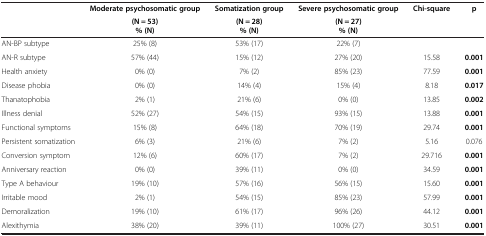
<table><thead><tr><td rowspan="2"><b> </b></td><td><b>Moderate psychosomatic group</b></td><td><b>Somatization group</b></td><td><b>Severe psychosomatic group</b></td><td><b>Chi-square</b></td><td><b>p</b></td></tr><tr><td><b>(N = 53) % (N)</b></td><td><b>(N = 28) % (N)</b></td><td><b>(N = 27) % (N)</b></td><td><b> </b></td><td><b> </b></td></tr></thead><tbody><tr><td>AN-BP subtype</td><td>25% (8)</td><td>53% (17)</td><td>22% (7)</td><td> </td><td> </td></tr><tr><td>AN-R subtype</td><td>57% (44)</td><td>15% (12)</td><td>27% (20)</td><td>15.58</td><td><b>0.001</b></td></tr><tr><td>Health anxiety</td><td>0% (0)</td><td>7% (2)</td><td>85% (23)</td><td>77.59</td><td><b>0.001</b></td></tr><tr><td>Disease phobia</td><td>0% (0)</td><td>14% (4)</td><td>15% (4)</td><td>8.18</td><td><b>0.017</b></td></tr><tr><td>Thanatophobia</td><td>2% (1)</td><td>21% (6)</td><td>0% (0)</td><td>13.85</td><td><b>0.002</b></td></tr><tr><td>Illness denial</td><td>52% (27)</td><td>54% (15)</td><td>93% (15)</td><td>13.88</td><td><b>0.001</b></td></tr><tr><td>Functional symptoms</td><td>15% (8)</td><td>64% (18)</td><td>70% (19)</td><td>29.74</td><td><b>0.001</b></td></tr><tr><td>Persistent somatization</td><td>6% (3)</td><td>21% (6)</td><td>7% (2)</td><td>5.16</td><td>0.076</td></tr><tr><td>Conversion symptom</td><td>12% (6)</td><td>60% (17)</td><td>7% (2)</td><td>29.716</td><td><b>0.001</b></td></tr><tr><td>Anniversary reaction</td><td>0% (0)</td><td>39% (11)</td><td>0% (0)</td><td>34.59</td><td><b>0.001</b></td></tr><tr><td>Type A behaviour</td><td>19% (10)</td><td>57% (16)</td><td>56% (15)</td><td>15.60</td><td><b>0.001</b></td></tr><tr><td>Irritable mood</td><td>2% (1)</td><td>54% (15)</td><td>85% (23)</td><td>57.99</td><td><b>0.001</b></td></tr><tr><td>Demoralization</td><td>19% (10)</td><td>61% (17)</td><td>96% (26)</td><td>44.12</td><td><b>0.001</b></td></tr><tr><td>Alexithymia</td><td>38% (20)</td><td>39% (11)</td><td>100% (27)</td><td>30.51</td><td><b>0.001</b></td></tr></tbody></table>